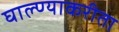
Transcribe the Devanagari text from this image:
घाल्ण्याकरीता